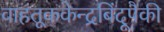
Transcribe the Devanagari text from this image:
वाहतूककेन्द्रबिंदूपैकी